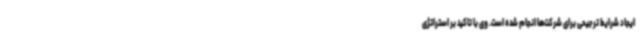
ایجاد شرایط ترجیحی برای شرکت‌ها انجام شده است. وی با تاکید بر استراتژی